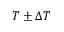
T \pm \Delta T